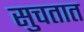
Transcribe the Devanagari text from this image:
सुचतात